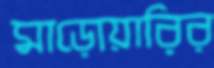
মাড়োয়ারির